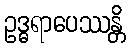
ဥဒ္ဓရာပေဿန္တိ